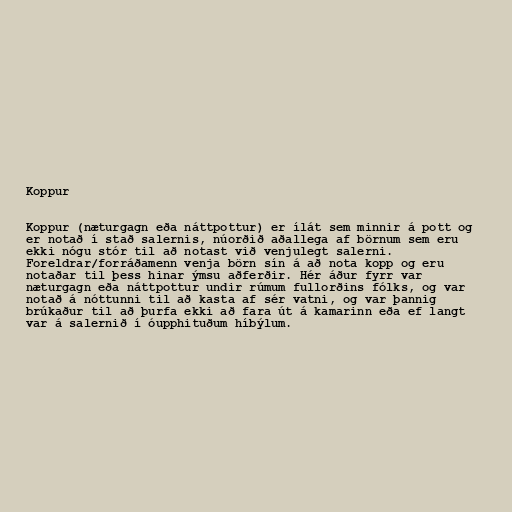
Koppur

Koppur (næturgagn eða náttpottur) er ílát sem minnir á pott og
er notað í stað salernis, núorðið aðallega af börnum sem eru
ekki nógu stór til að notast við venjulegt salerni.
Foreldrar/forráðamenn venja börn sín á að nota kopp og eru
notaðar til þess hinar ýmsu aðferðir. Hér áður fyrr var
næturgagn eða náttpottur undir rúmum fullorðins fólks, og var
notað á nóttunni til að kasta af sér vatni, og var þannig
brúkaður til að þurfa ekki að fara út á kamarinn eða ef langt
var á salernið í óupphituðum híbýlum.